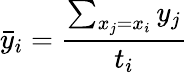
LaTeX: \bar{y}_{i}=\frac{\sum_{x_{j}=x_{i}}y_{j}}{t_{i}}